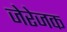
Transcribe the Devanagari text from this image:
जेरेजक